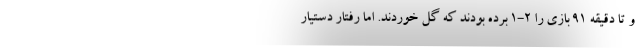
و تا دقیقه 91 بازی را 2-1 برده بودند که گل خوردند. اما رفتار دستیار